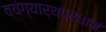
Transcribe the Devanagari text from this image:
व्यंग्यार्थप्रधान